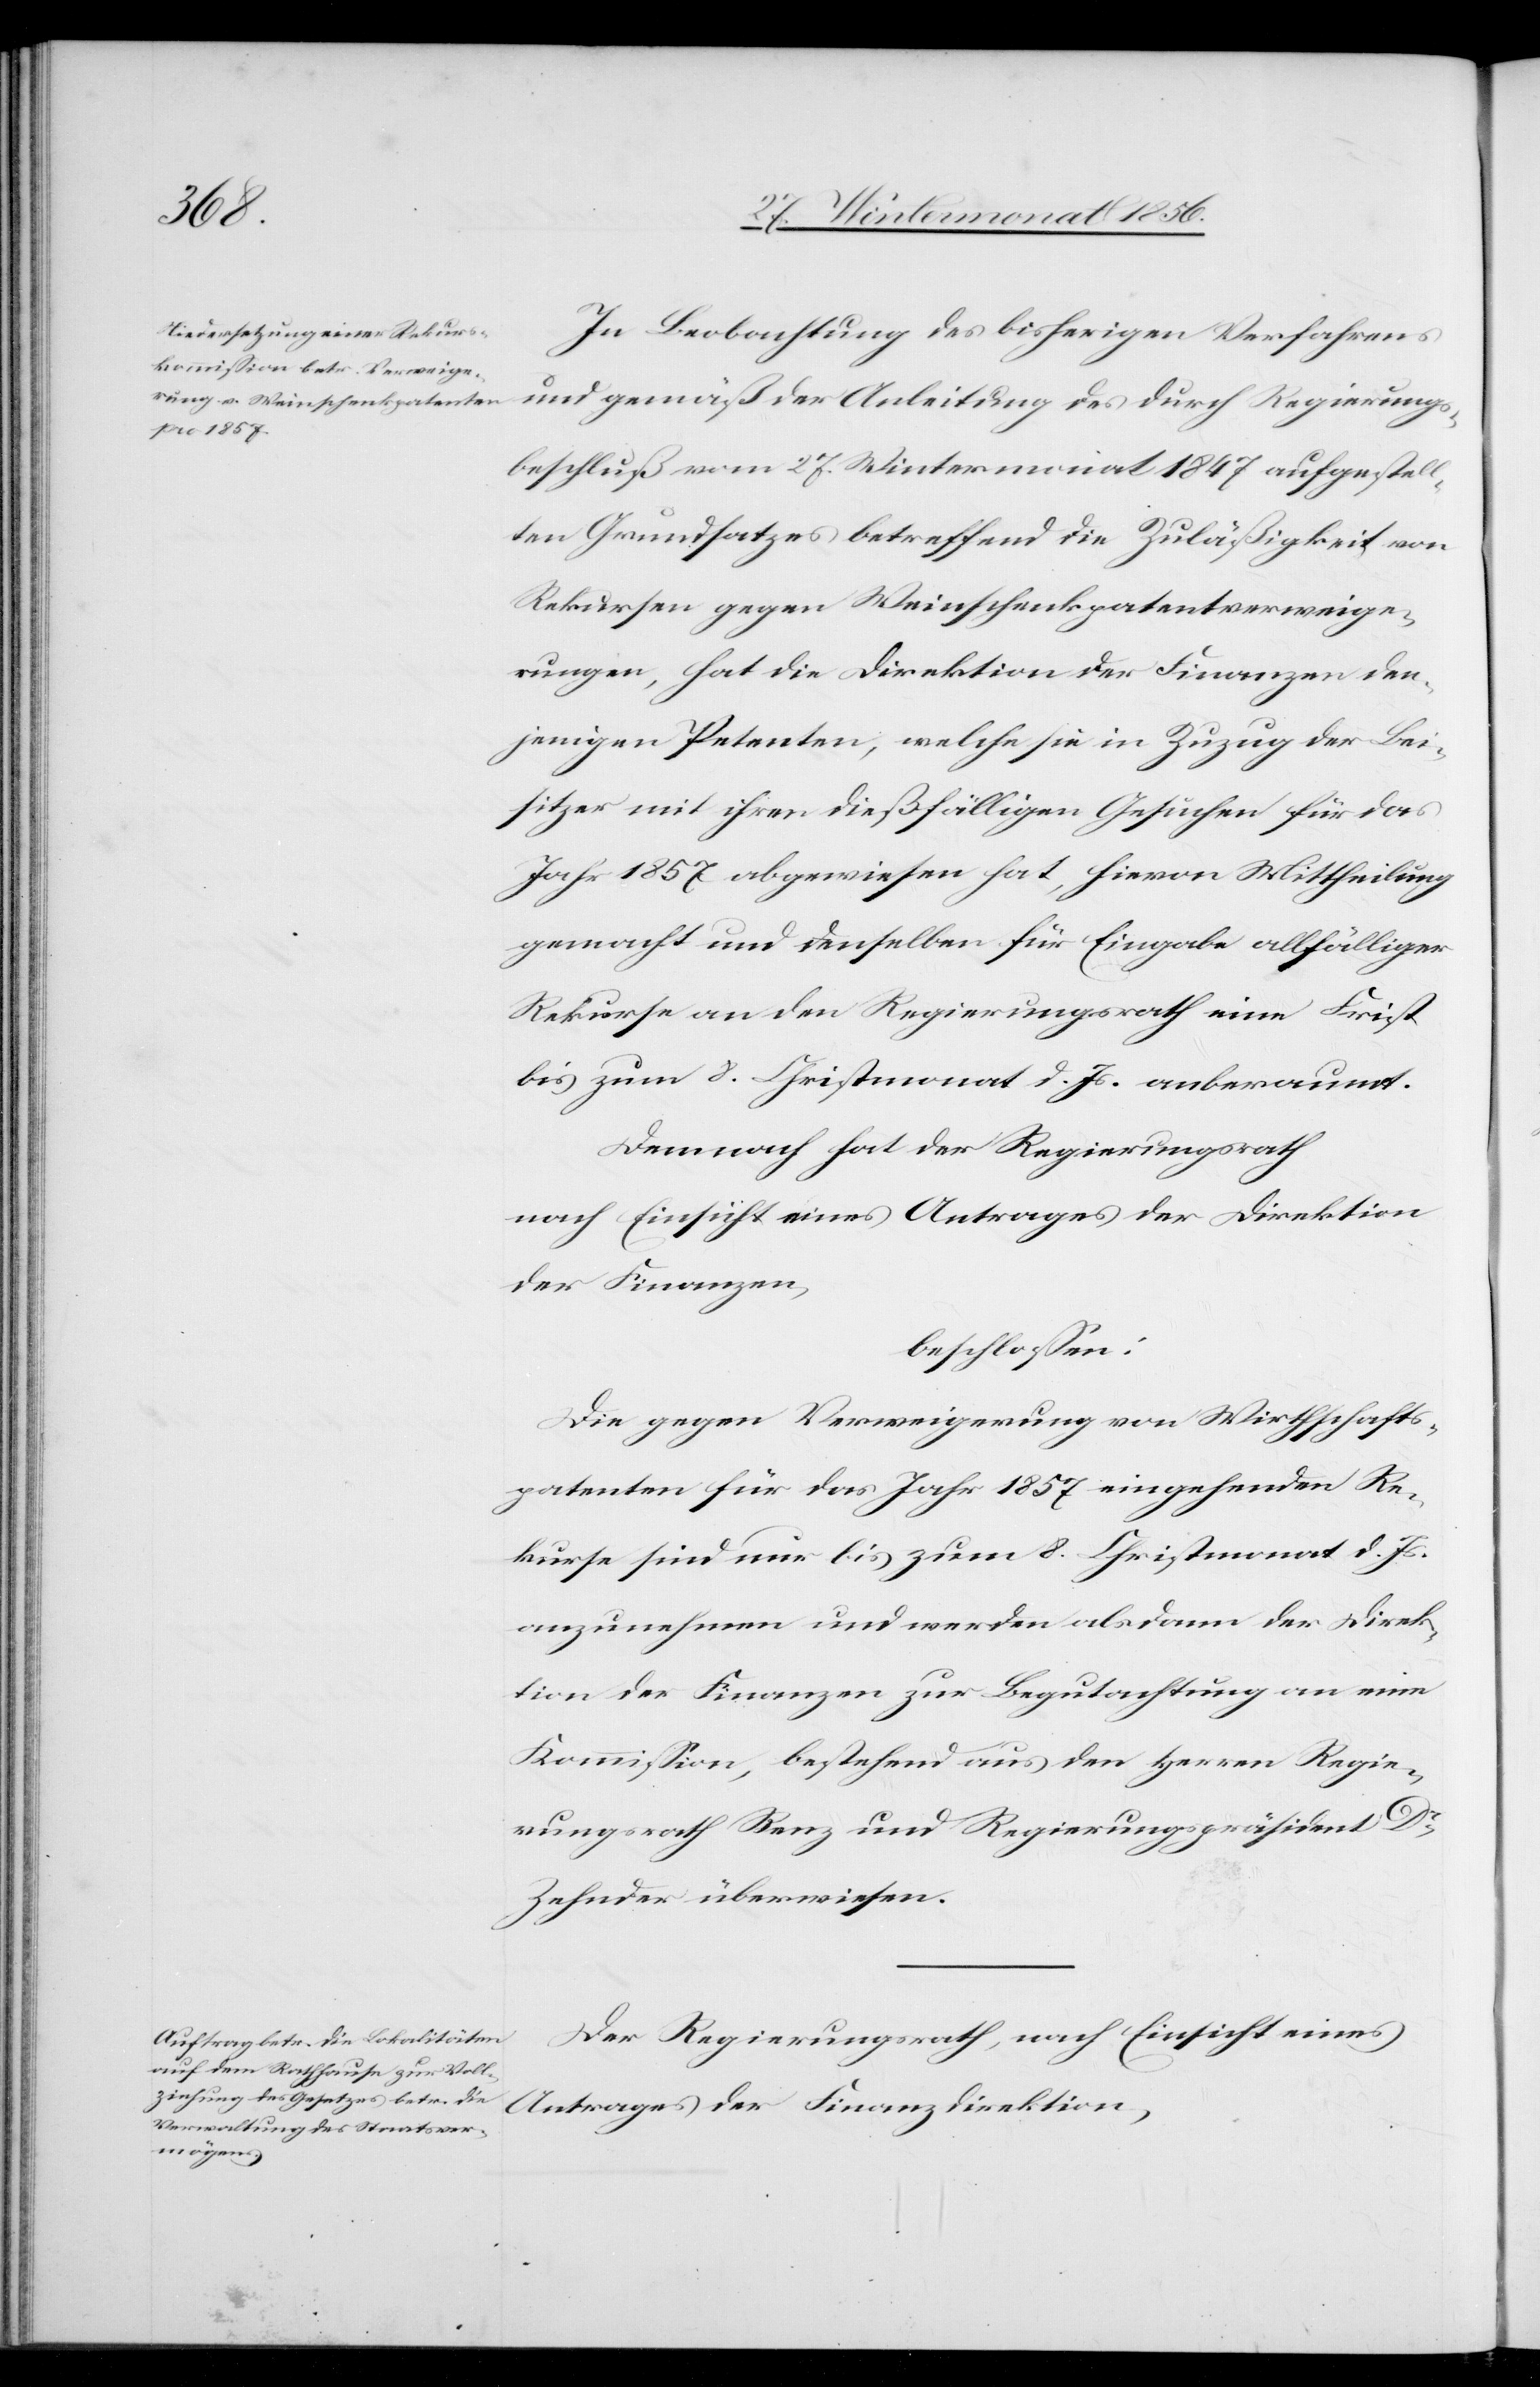
In Beobachtung des bisherigen Verfahrens
und gemäß der Anleitung des durch Regierungs¬
beschluß vom 27. Wintermonat 1847 aufgestell¬
ten Grundsatzes betreffend die Zuläßigkeit von
Rekursen gegen Weinschenkpatentverweige¬
rungen, hat die Direktion der Finanzen den¬
jenigen Petenten, welche sie in Zuzug der Bei¬
sitzer mit ihren dießfälligen Gesuchen für das
Jahr 1857 abgewiesen hat, hievon Mittheilung
gemacht und denselben für Eingabe allfälliger
Rekurse an den Regierungsrath eine Frist
bis zum 8. Christmonat d. Js. anberaumt.
Demnach hat der Regierungsrath
nach Einsicht eines Antrages der Direktion
der Finanzen,
beschlossen:
Die gegen Verweigerung von Wirthschafts¬
patenten für das Jahr 1857 eingehenden Re¬
kurse sind nur bis zum 8. Christmonat d. Js.
anzunehmen und werden alsdann der Direk¬
tion der Finanzen zur Begutachtung an eine
Kommission, bestehend aus den Herren Regie¬
rungsrath Benz und Regierungspräsident Dr
Zehnder überwiesen.
Der Regierungsrath, nach Einsicht eines
Antrages der Finanzdirektion,